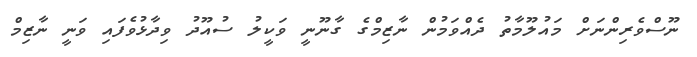
ނޫސްވެެރިންނަށް މައުލޫމާތު ދެއްވަމުން ނާޒިމްގެ ގާނޫނީ ވަކީލު ސުއޫދު ވިދާޅުވެފައި ވަނީ ނާޒިމް